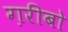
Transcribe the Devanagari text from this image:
ग़रीबो